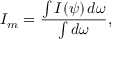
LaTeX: I _ { m } = { \frac { \int I ( \psi ) \, d \omega } { \int d \omega } } ,